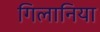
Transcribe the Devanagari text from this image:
गिलानिया